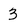
Character: 3